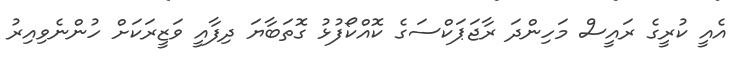
އެއީ ކުރީގެ ރައީސް މަހިންދަ ރާޖަޕަކްސަގެ ކޮއްކޯފުޅު ގޮތަބާޔަ ދިފާއީ ވަޒީރަކަށް ހުންނެވިއިރު